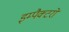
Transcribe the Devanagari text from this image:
इम्पैक्टरों